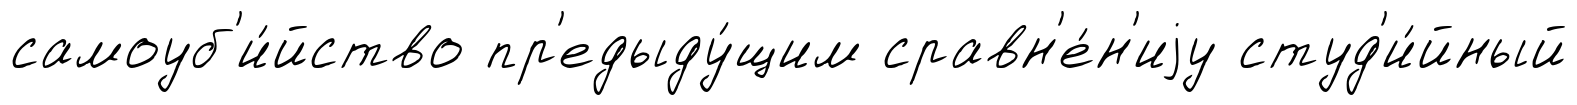
самоуб'и́йство пр'едыду́щим сравн'е́н'иjу студ'и́йный